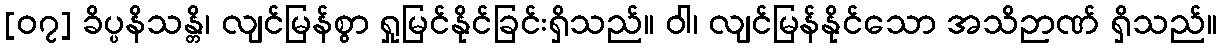
[၀၇] ခိပ္ပနိသန္တိ၊ လျင်မြန်စွာ ရှုမြင်နိုင်ခြင်းရှိသည်။ ဝါ၊ လျင်မြန်နိုင်သော အသိဉာဏ် ရှိသည်။